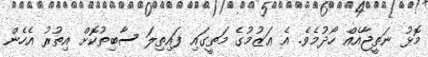
މޮޅު ނަތީޖާއެއް ހޯދުމެވެ. އެ ޢަޒުމުގެ މަތީގައި ފައިތިލަ ސާބިތުކޮށް އިތުރު އެހެން